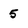
Character: 5